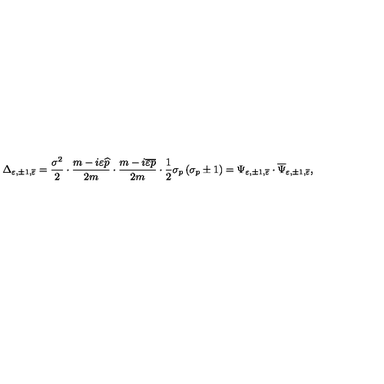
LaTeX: \Delta _ { \varepsilon , \pm 1 , \overline { { \varepsilon } } } = \frac { \sigma ^ { 2 } } 2 \cdot \frac { m - i \varepsilon \widehat { p } } { 2 m } \cdot \frac { m - i \overline { { \varepsilon } } \overline { { p } } } { 2 m } \cdot \frac 1 2 \sigma _ { p } \left( \sigma _ { p } \pm 1 \right) = \Psi _ { \varepsilon , \pm 1 , \overline { { \varepsilon } } } \cdot \overline { { \Psi } } _ { \varepsilon , \pm 1 , \overline { { \varepsilon } } } ,